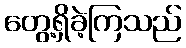
တွေ့ရှိခဲ့ကြသည်